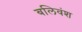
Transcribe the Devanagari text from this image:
बलिवंश